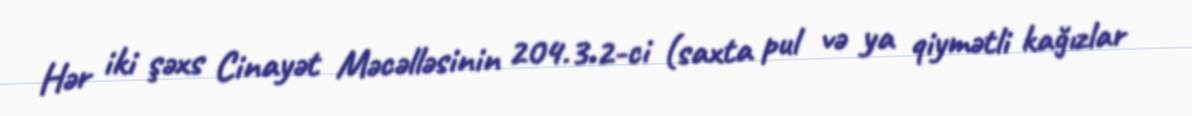
Hər iki şəxs Cinayət Məcəlləsinin 204.3.2-ci (saxta pul və ya qiymətli kağızlar